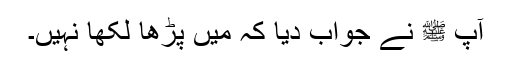
آپ ﷺ نے جواب دیا کہ میں پڑھا لکھا نہیں۔